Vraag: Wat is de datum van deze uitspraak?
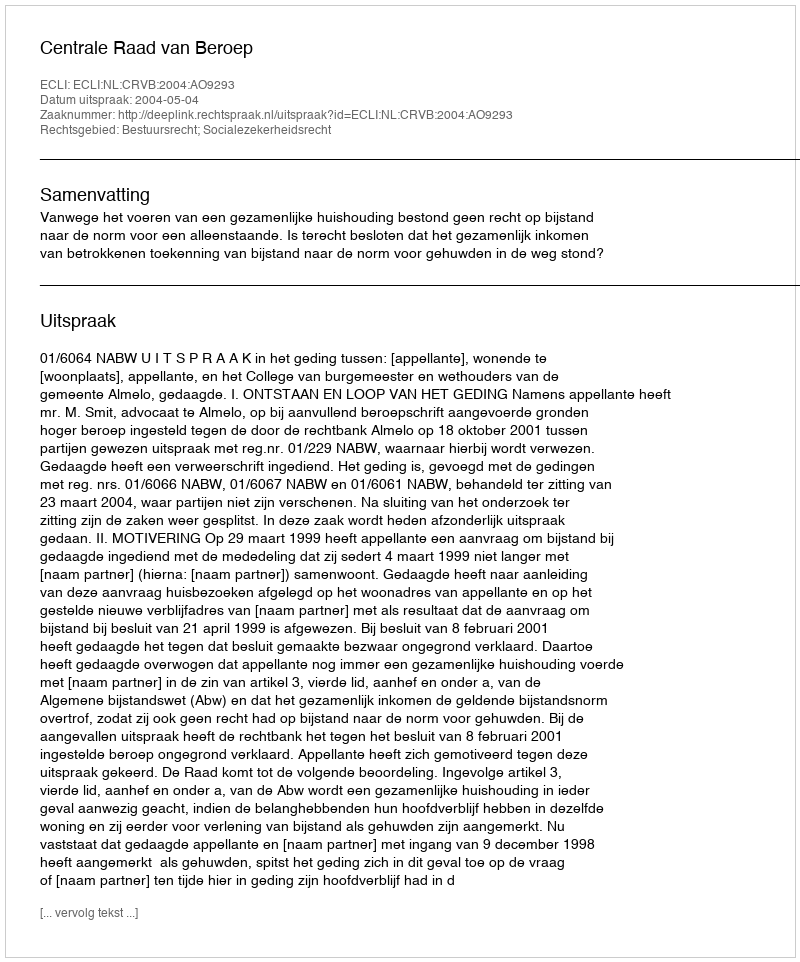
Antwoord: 2004-05-04